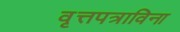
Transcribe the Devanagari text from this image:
वृत्तपत्राविना